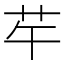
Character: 𦬶